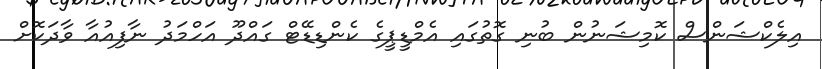
އިލެކްޝަންސް ކޮމިޝަނުން ބުނި ގޮތުގައި އެމްޑީޕީގެ ކެންޑިޑޭޓް ގައްދޫ އަހްމަދު ނާފިއުއާ ވާދަކޮށް